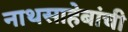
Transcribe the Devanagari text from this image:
नाथसाहेबांची